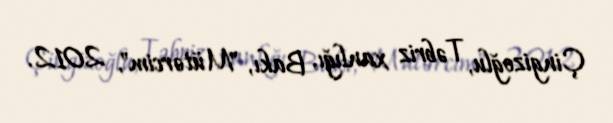
Çingizoğlu, Təbriz xanlığı, Bakı, "Mütərcim", 2012.